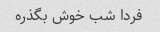
فردا شب خوش بگذره